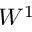
W ^ { 1 }